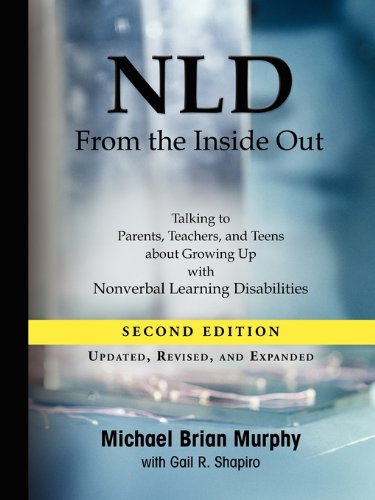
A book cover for NLD From the Inside Out: Talking to Parents, Teachers, and Teens about Growing Up with Nonverbal Learning Disabilities; Michael Brian Murphy; Parenting & Relationships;